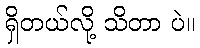
ရှိတယ်လို့ သိတာ ပဲ။